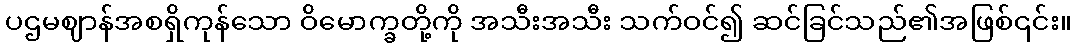
ပဌမဈာန်အစရှိကုန်သော ဝိမောက္ခတို့ကို အသီးအသီး သက်ဝင်၍ ဆင်ခြင်သည်၏အဖြစ်၎င်း။